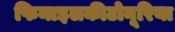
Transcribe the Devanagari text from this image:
फिनाइलकीटोनूरिया